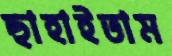
ছাহাইতাম